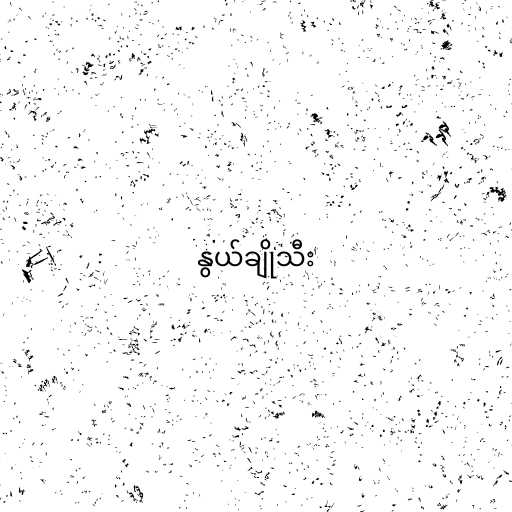
နွယ်ချိုသီး